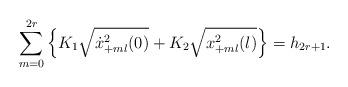
LaTeX: \begin{align*}\sum_{m=0}^{2r}\left\{K_1 \sqrt{\dot x^2_{+ml}(0)}+K_2 \sqrt{x^2_{+ml}(l)}\right\}=h_{2r+1}.\end{align*}